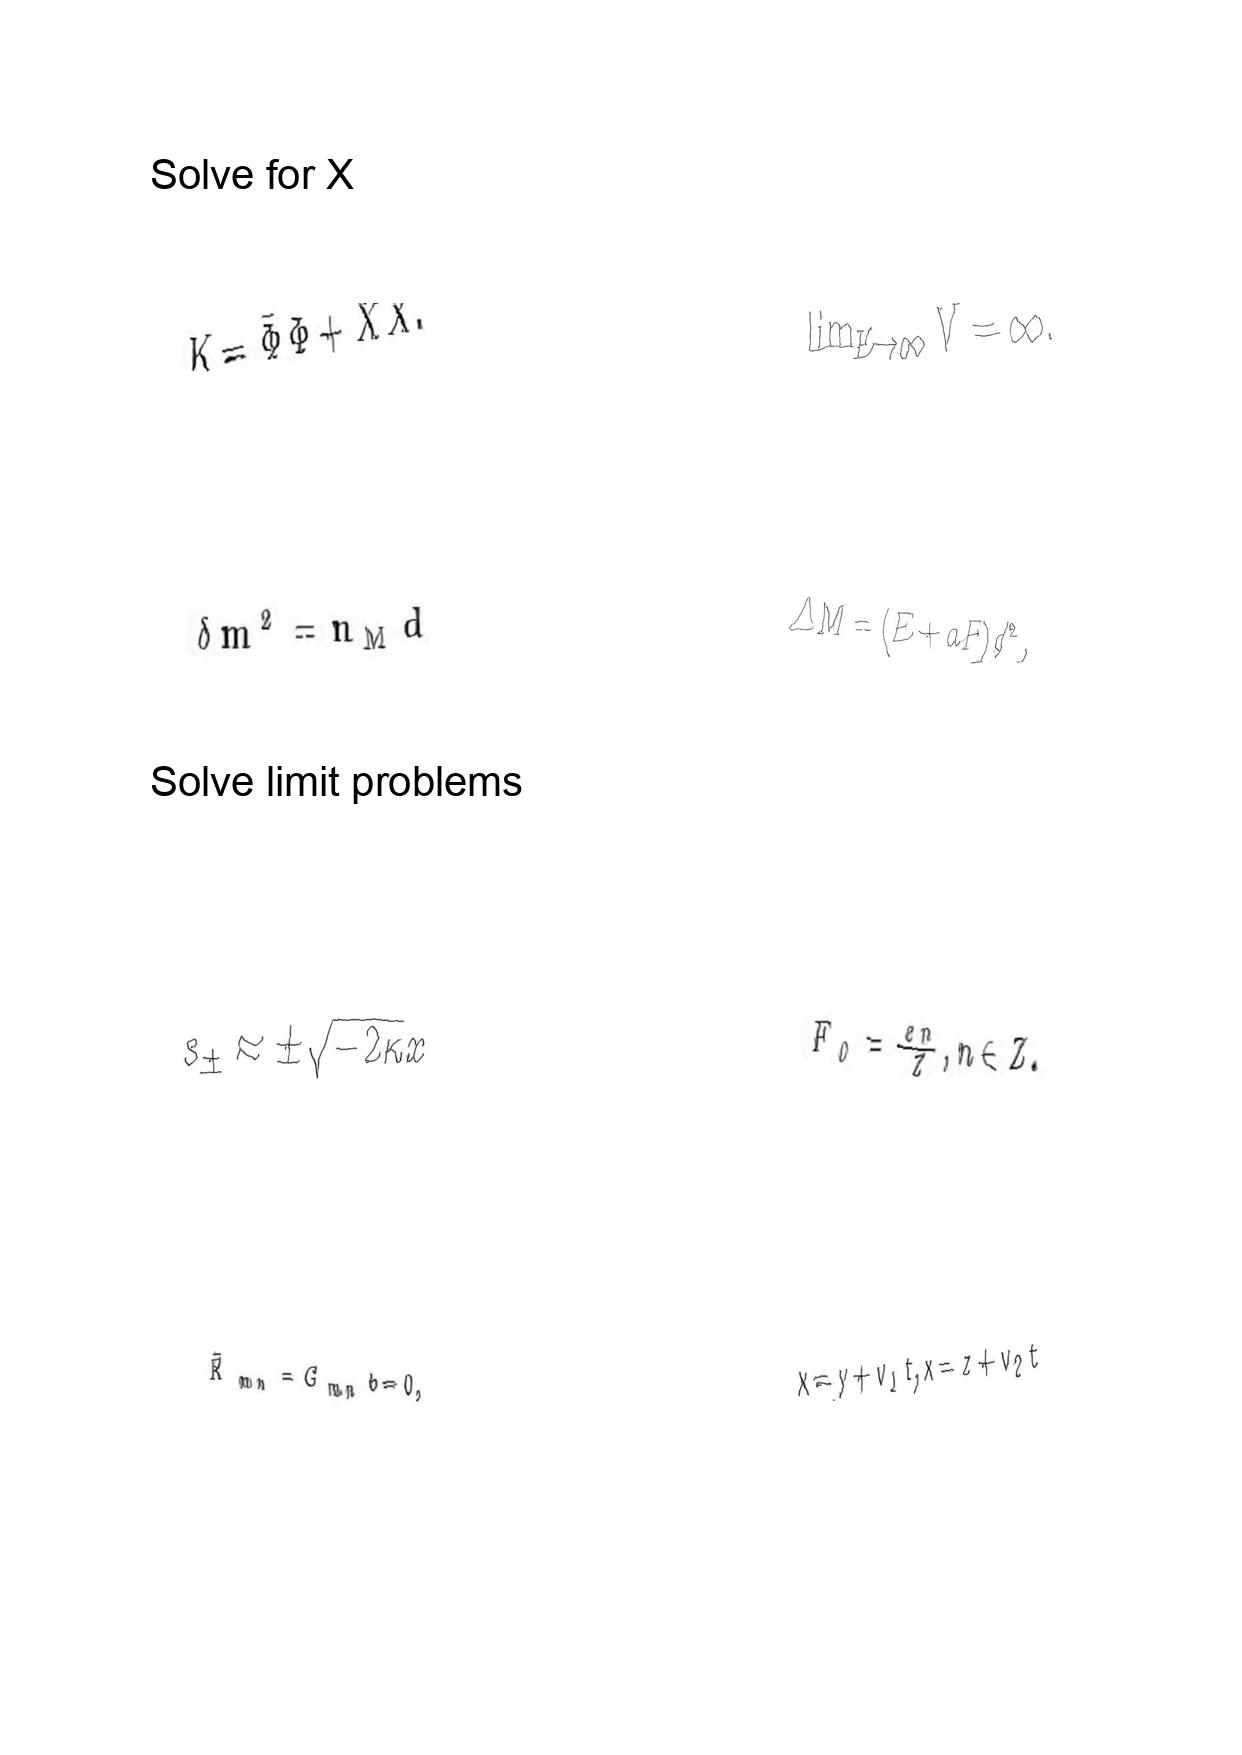
LaTeX transcription:
K = \bar { \Phi } \Phi + \bar { X } X .
\delta m ^ { 2 } = n _ { \mathrm { M } } d
s _ { \pm } \approx \pm \sqrt { - 2 \kappa x }
\hat { R } _ { m n } = G _ { m n } b = 0 ,
\lim _ { E \to \infty } V = \infty .
\Delta M = \lparen E + a F \rparen / c ^ { 2 } ,
F _ { 0 } = \frac { e n } { Z } , n \in Z .
x = y + v _ { 1 } t , x = z + v _ { 2 } t